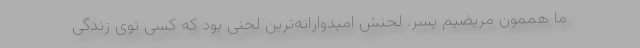
ما هممون مریضیم پسر. لحنش امیدوارانه‌ترین لحنی بود که کسی توی زندگی